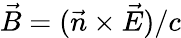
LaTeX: \vec{B}=(\vec{n}\times\vec{E})/c